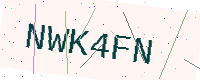
Text: NWK4FN